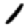
Digit: 1